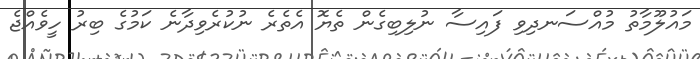
މައުލޫމާތު މުއްސަނދިވި ފައިސާ ނުލިބިގެން ތެޔޮ އެތެރެ ނުކުރެވިދާނެ ކަމުގެ ބިރު ހީވެއްޖެ